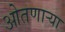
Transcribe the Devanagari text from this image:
ओतणाऱ्या